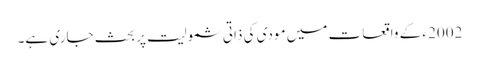
2002ء کے واقعات میں مودی کی ذاتی شمولیت پر بحث جاری ہے۔